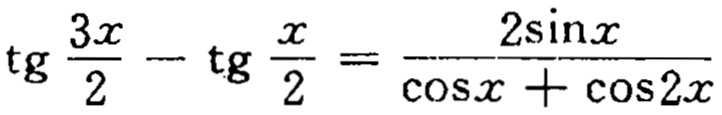
\(\operatorname{tg} \frac{3x}{2}-\operatorname{tg} \frac{x}{2}=\frac{2\sin x}{\cos x+\cos 2x}\)